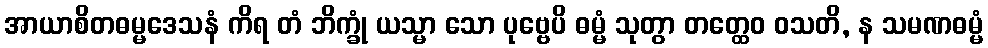
အာယာစိတဓမ္မဒေသနံ ကိရ တံ ဘိက္ခုံ ယသ္မာ သော ပုဗ္ဗေပိ ဓမ္မံ သုတွာ တတ္ထေဝ ဝသတိ, န သမဏဓမ္မံ